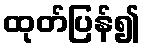
ထုတ်ပြန်၍